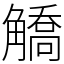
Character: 䚩